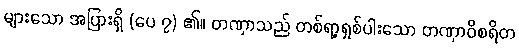
များသော အပြားရှိ (ပေ ၇) ၏။ တဏှာသည် တစ်ရာ့ရှစ်ပါးသော တဏှာဝိစရိတ